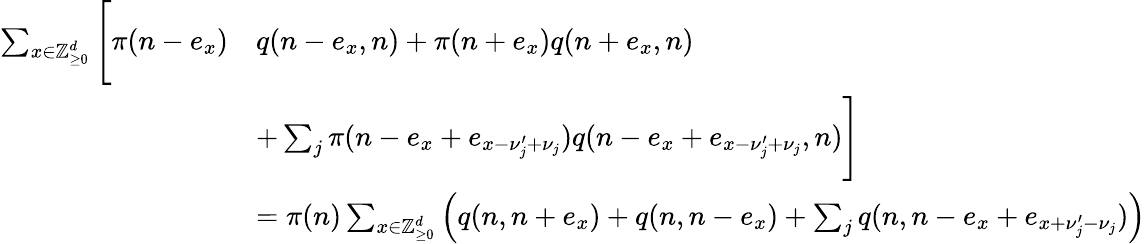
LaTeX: \begin{array}{rl}{\sum_{x\in\mathbb Z_{\ge 0}^{d}}\Bigg[\pi(n-e_{x})}&{q(n-e_{x},n)+\pi(n+e_{x})q(n+e_{x},n)}\\ &{+\sum_{j}\pi(n-e_{x}+e_{x-\nu_{j}^{\prime}+\nu_{j}})q(n-e_{x}+e_{x-\nu_{j}^{\prime}+\nu_{j}},n)\Bigg]}\\ &{=\pi(n)\sum_{x\in\mathbb Z_{\ge 0}^{d}}\left(q(n,n+e_{x})+q(n,n-e_{x})+\sum_{j}q(n,n-e_{x}+e_{x+\nu_{j}^{\prime}-\nu_{j}})\right)}\end{array}